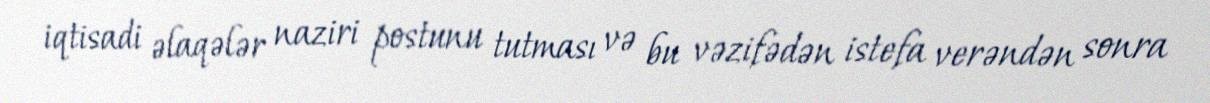
iqtisadi əlaqələr naziri postunu tutması və bu vəzifədən istefa verəndən sonra